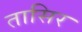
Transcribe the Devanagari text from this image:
तासिर